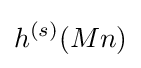
h^{(s)}(Mn)